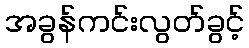
အခွန်ကင်းလွတ်ခွင့်